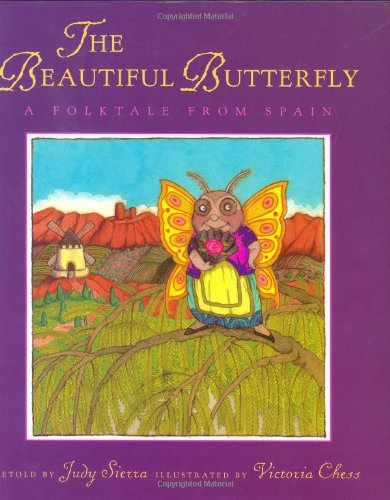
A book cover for The Beautiful Butterfly: A Folktale from Spain; Children's Books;